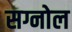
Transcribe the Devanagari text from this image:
सग्नोल